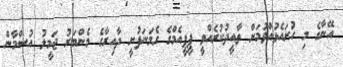
އޭނާގެ މި ހުށައެޅުއްވުމަށް ތާއީދުކުރެއްވީ ޕީޕީއެމްގެ ގެމަނަފުށީ ދާއިރާގެ މެންބަރު ޖަމީލު އުސްމާން